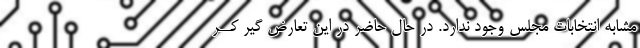
مشابه انتخابات مجلس وجود ندارد. در حال حاضر در اين تعارض گير کــر